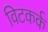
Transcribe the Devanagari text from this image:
विटकर्क